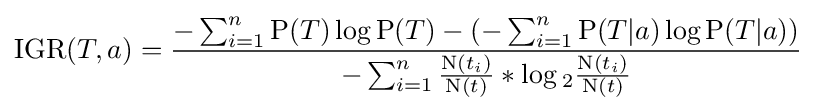
{\text{IGR}}(T,a)={\frac {-\sum _{i=1}^{n}{\mathrm {P} (T)\log \mathrm {P} (T)}-(-\sum _{i=1}^{n}{\mathrm {P} (T|a)\log \mathrm {P} (T|a)})}{-\sum _{i=1}^{n}{{\frac {\mathrm {N} (t_{i})}{\mathrm {N} (t)}}*\log {_{2}}{\frac {\mathrm {N} (t_{i})}{\mathrm {N} (t)}}}}}